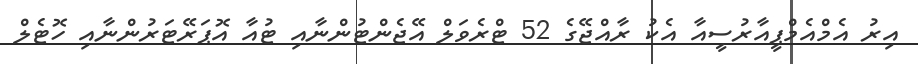
އިރު އެމްއެމްޕީއާރުސީއާ އެކު ރާއްޖޭގެ 52 ޓްރެވަލް އޭޖެންޓުންނާއި ޓުއާ އޮޕަރޭޓަރުންނާއި ހޮޓެލް